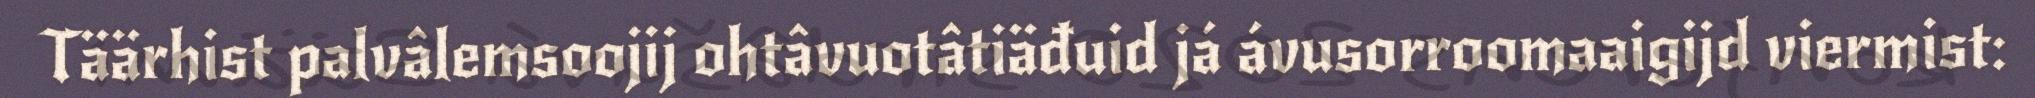
Täärhist palvâlemsoojij ohtâvuotâtiäđuid já ávusorroomaaigijd viermist: